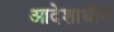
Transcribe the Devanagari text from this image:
आदेशाधीन